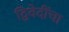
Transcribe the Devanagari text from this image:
द्विवेदींचा